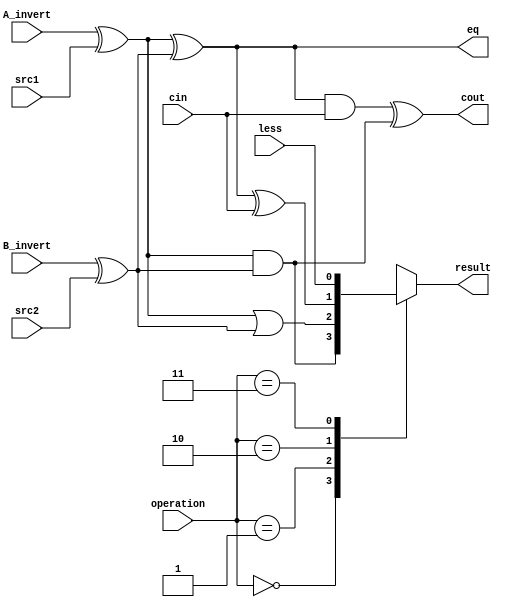

module alu_top(
               src1,       //1 bit source 1 (input)
               src2,       //1 bit source 2 (input)
               less,       //1 bit less     (input)
               A_invert,   //1 bit A_invert (input)
               B_invert,   //1 bit B_invert (input)
               cin,        //1 bit carry in (input)
               operation,  //operation      (input)
               //com_op,
               result,     //1 bit result   (output)
               cout,       //1 bit carry out(output)
               eq
               );

input         src1;
input         src2;
input         less;
input         A_invert;
input         B_invert;
input         cin;
input [2-1:0] operation;
//input   [2:0] com_op;

output        result;
output        cout;
output        eq;

reg           result;

wire          m1,m2,op1,op2,op3,op4;

assign m1 = A_invert ^ src1;
assign m2 = B_invert ^ src2;
assign op1 = m1 & m2;
assign op2 = m1 | m2;
assign op3 = m1 ^ m2 ^ cin;
assign op4 = less;
assign eq = m1 ^ m2;
assign cout = ((m1 ^ m2) & cin) ^ (m1 & m2);

always@( * )
     begin
     case(operation)
          2'b00 : result = op1;
          2'b01 : result = op2;
          2'b10 : result = op3;
          2'b11 : result = op4;
     endcase
end

endmodule